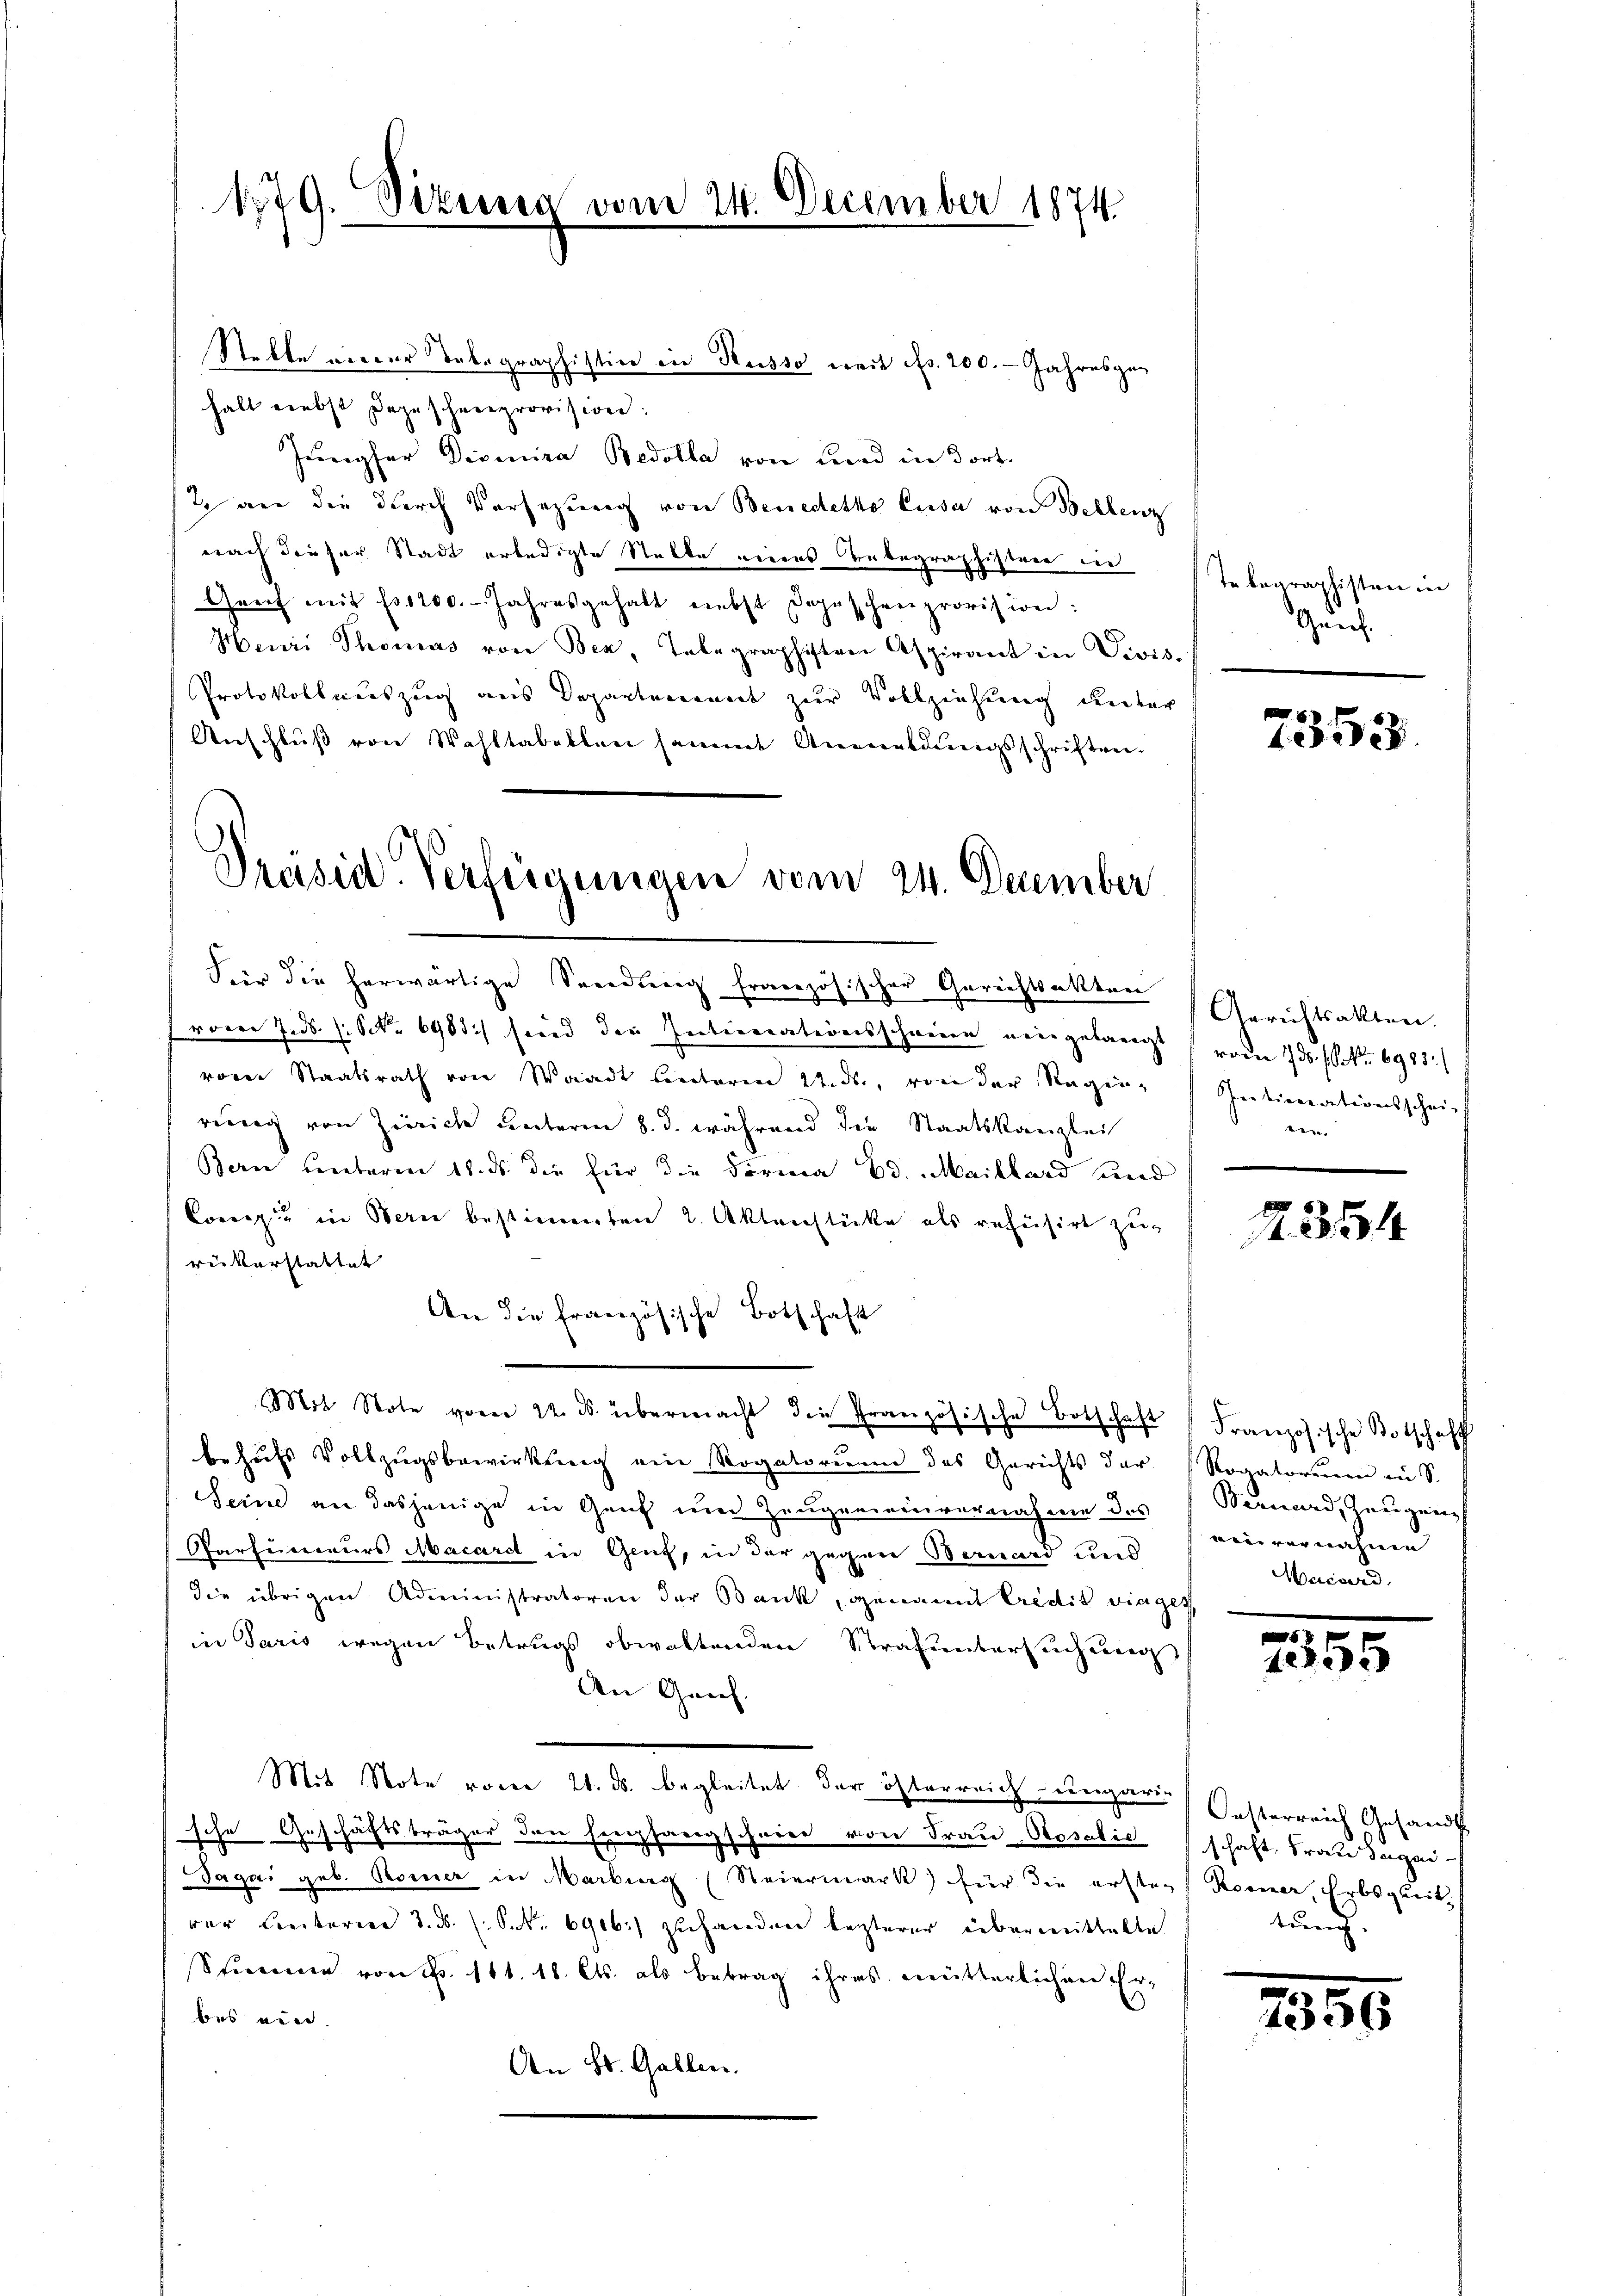
179. Sitzung vom 24. December 1874

Stelle nieder Tabagraphistin in Kusso, weit Nr. 200. - Jahresgeg
halt nebst dazu schneeprovision:
Jungfer Disinira Bedolla von und in dort
2 an die durch Vorsetzung von Benederko Cusa von Bellenz
nach dieser Stadt erledigte Stelle eines Unbegraphistrie in
Grief mit fr. 1200. Jahresgehalt nebst Depeschenprovision:
Henri Thomas von Bez, Telegraphisten Aspirant in Divis.
Protokollnauszug aus Departement zur Vollziehung unter
Anschluß von Wahltabellen sammt Anmeldungsschriftwei¬
Präsid. Verlegungen vom 24. December

hier die herwärtige Sendung französischer Gerichtsakten
vom 7. d. 1. Oct. 6481 sind der Internationsschweren neingelangt
vom Staatsrath von Waadt lieberen Seidli, von der Reging
rung von Zürich unterm 8. d. während die Staatskanzlei
Bern unteren 18. ds. die für die Forma Ed. Maillard und
Corps in Bern bestimmten 2. Aktenstücke als refüsirt zu-
rükerstattet
An die Französische Botschaft
Mit Note vom 22. ds. übermacht die französische Botschaft Französische Botschaft
behufs Vollzugsbewirkung ein Rogatorum des Gerichts der Rogatorum in S.
Seine an dasjenige in Genf und Zeugeneinvernahme des (Bernard, Zeugni
Parfureurs Macard in Genf, in der gegen Bernard und
die übrigen Administratoren der Bank, genannt Credit vinges
in Paris wegen Betrugs obwaltenden Strafuntersuchung
An Genf.
Mit Note vom 21. ds. begleitet der österreich ungaris Oesterreich Gesandt
sche Geschäftsträger den Empfangschnee von Frau Rosalić schaft, Frau Jugen-
Sagai geb. Komer in Marburg (Steiermark) für die ersten Rommer, Erbsgleit
der Leiterie 3. ds. (S. Nr. 6906) zuhanden lezterer übermittelte
Stimme von N. 111. 18. Cts. als betrag ihres mütterlichen Er-
bes ein.
An St. Gallen.

Telegraphisten in
Gund

7353.

Gerichtsakten.
vom 16. No 6985.
Initierentionsschei-
ein.

R. 354

wen vernahme
Muisard,

2355

tung.

250